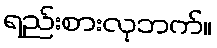
ရည်းစားလုဘက်။